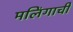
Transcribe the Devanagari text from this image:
मलिंगाची